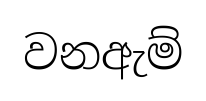
වනඇම්